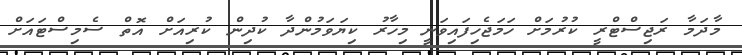
މާދަމާ ރަޖިސްޓްރީ ކުރުމަށް ހަމަޖެހިފައިވަނީ މިހާރު ކިޔަވަމުންދާ ކުދިން ކުރިއަށް އޮތް ސެމިސްޓައަށް